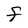
Character: f